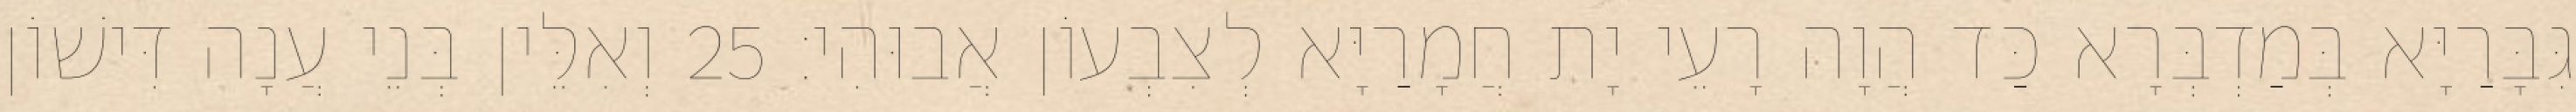
גִּבָּרַיָּא בְּמַדְבְּרָא כַּד הֲוָה רָעֵי יָת חֲמָרַיָּא לְצִבְעוֹן אֲבוּהִי׃ 25 וְאִלֵּין בְּנֵי עֲנָה דִּישׁוֹן